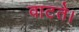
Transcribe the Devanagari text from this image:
वाटते।